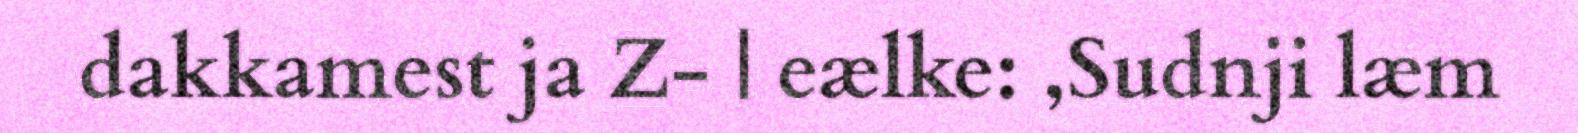
dakkamest ja Z- | eælke: ,Sudnji læm